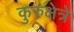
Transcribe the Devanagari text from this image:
कुरुक्षेत्रे